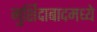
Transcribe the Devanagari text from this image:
मुर्शिदाबादमध्ये